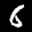
Label: 6